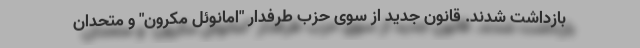
بازداشت شدند. قانون جدید از سوی حزب طرفدار "امانوئل مکرون" و متحدان